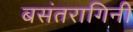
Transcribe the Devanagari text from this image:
बसंतरागिनी